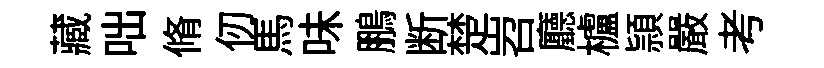
藏咄脩仞馬味鵬断楚岧廳櫨頴嚴考